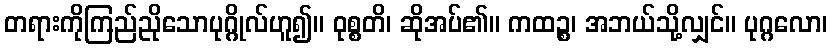
တရားကိုကြည်ညိုသောပုဂ္ဂိုလ်ဟူ၍။ ဝုစ္စတိ၊ ဆိုအပ်၏။ ကထဉ္စ၊ အဘယ်သို့လျှင်။ ပုဂ္ဂလော၊